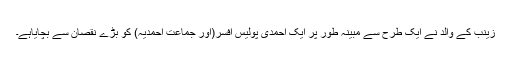
زینب کے والد نے ایک طرح سے مبینہ طور پر ایک احمدی پولیس افسر(اور جماعت احمدیہ) کو بڑے نقصان سے بچایاہے۔